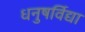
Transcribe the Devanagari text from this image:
धनुषर्विद्या